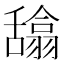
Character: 𰰉